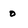
Character: o